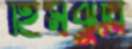
হিমঝুরি